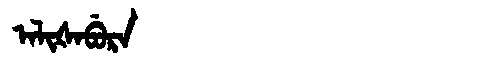
Manchu: ᠠᠯᡳᡧᠠᠪᡠᡵᠠ
Romanization: ALIŠABURA